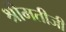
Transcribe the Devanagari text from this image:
श्रीमतीजी